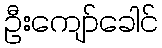
ဦးကျော်ခေါင်